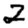
Digit: 2